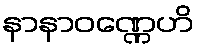
နာနာဝဏ္ဏေဟိ